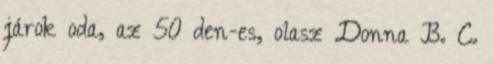
járok oda, az 50 den-es, olasz Donna B. C.